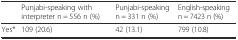
|  | Punjabi-speaking with interpreter n = 556 n (%) | Punjabi-speaking n = 331 n (%) | English-speaking n = 7423 n (%) |
 | --- | --- | --- | --- |
 | Yes* | 109 (20.6) | 42 (13.1) | 799 (10.8) |